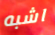
اشبه